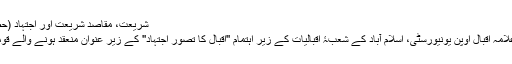
شریعت، مقاصد شریعت اور اجتہاد (حصہ اول) | Ammar Nasir
]۲۸ تا ۳۰ اکتوبر ۲۰۰۷ کو علامہ اقبال اوپن یونیورسٹی، اسلام آباد کے شعبۂ اقبالیات کے زیر اہتمام ''اقبال کا تصور اجتہاد'' کے زیر عنوان منعقد ہونے والے قومی سیمینار کے لیے لکھا گیا۔